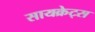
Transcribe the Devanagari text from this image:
सायक्रेट्स